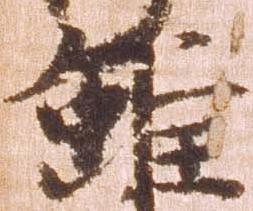
雖